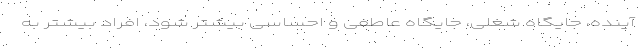
آینده، جایگاه شغلی، جایگاه عاطفی و احساسی بیشتر شود، افراد بیشتر به